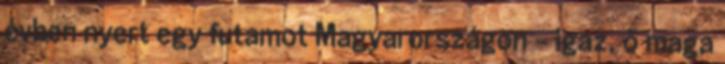
évben nyert egy futamot Magyarországon – igaz, ő maga